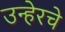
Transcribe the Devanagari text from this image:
उन्हेरचे